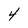
Character: 4